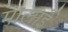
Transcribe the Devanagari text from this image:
मालाई